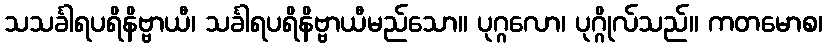
သသင်္ခါရပရိနိဗ္ဗာယီ၊ သင်္ခါရပရိနိဗ္ဗာယီမည်သော။ ပုဂ္ဂလော၊ ပုဂ္ဂိုလ်သည်။ ကတမောစ၊